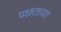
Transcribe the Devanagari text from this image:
पछताया